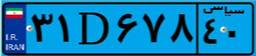
۳۱D۶۷۸۴۰